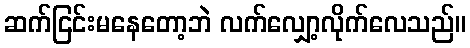
ဆက်ငြင်းမနေတော့ဘဲ လက်လျှော့လိုက်လေသည်။